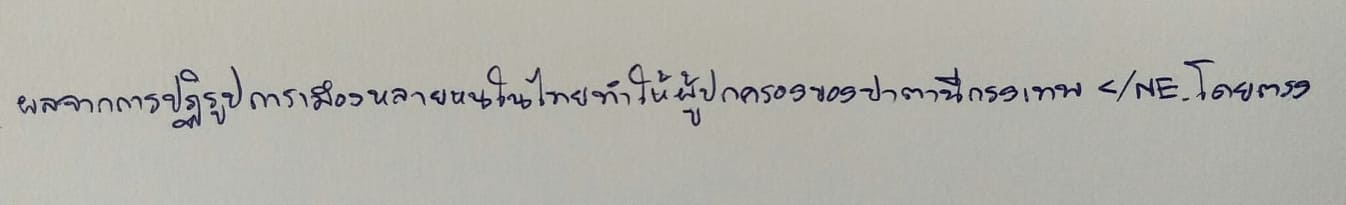
ผลจากการปฏิรูปการเมืองหลายหนในไทยทำให้ผู้ปกครองของปาตานีกรุงเทพ</NE.โดยตรง